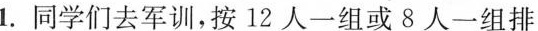
1.同学们去军训，按12人一组或8人一组排